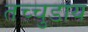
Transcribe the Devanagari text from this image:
तच्चुडाय